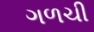
ગળચી